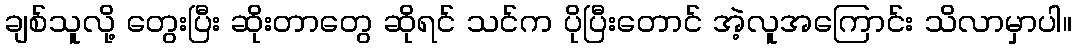
ချစ်သူလို့ တွေးပြီး ဆိုးတာတွေ ဆိုရင် သင်က ပိုပြီးတောင် အဲ့လူအကြောင်း သိလာမှာပါ။